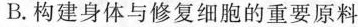
B.构建身体与修复细胞的重要原料